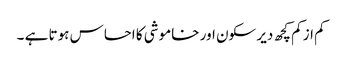
کم از کم کچھ دیر سکون اور خاموشی کا احساس ہوتا ہے ۔